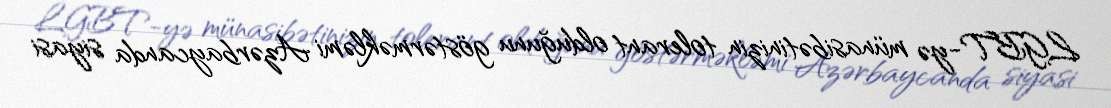
LGBT-yə münasibətinizin tolerant olduğunu göstərməkləmi Azərbaycanda siyasi